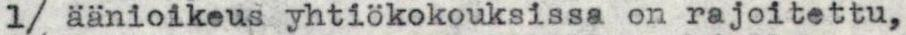
1/ äänioikeus yhtiökokouksissa on rajoitettu,